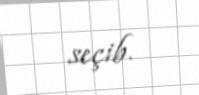
seçib.